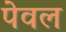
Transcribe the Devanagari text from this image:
पेवल